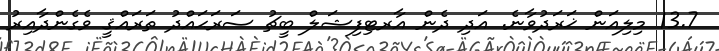
13.7 މިލިއަން ޚަރަދުވާނެ. އަދި ދެން އާރޓިފިޝަލް ބީޗު ސަރަޙައްދު ތަރައްޤީ ވެގެންދާއިރު